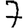
Digit: 7